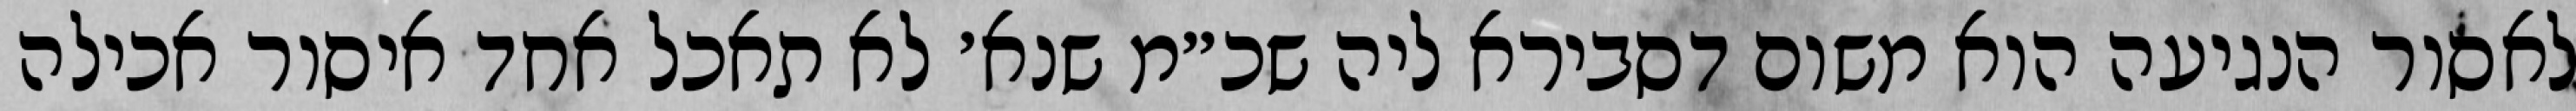
לאסור הנגיעה הוא משום דסבירא ליה שכ״מ שנא׳ לא תאכל אחד איסור אכילה